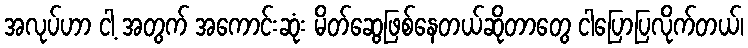
အလုပ်ဟာ ငါ့ အတွက် အကောင်းဆုံး မိတ်ဆွေဖြစ်နေတယ်ဆိုတာတွေ ငါပြောပြလိုက်တယ်၊